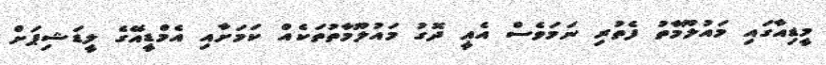
މީޑިއާގައި މައުލޫމާތު ފެތުރި ނަމަވެސް އެއީ ދޮގު މައުލޫމާތުތަކެއް ކަމަށާއި އެމްޑީއޭގެ ލީޑަޝިޕަށް